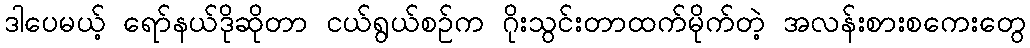
ဒါပေမယ့် ရော်နယ်ဒိုဆိုတာ ငယ်ရွယ်စဉ်က ဂိုးသွင်းတာထက်မိုက်တဲ့ အလန်းစားစကေးတွေ